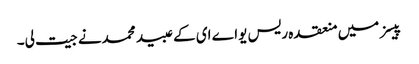
پیسز میں منعقدہ ریس یواے ای کے عبید محمدنے جیت لی۔